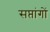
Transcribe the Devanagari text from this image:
सप्तांगों